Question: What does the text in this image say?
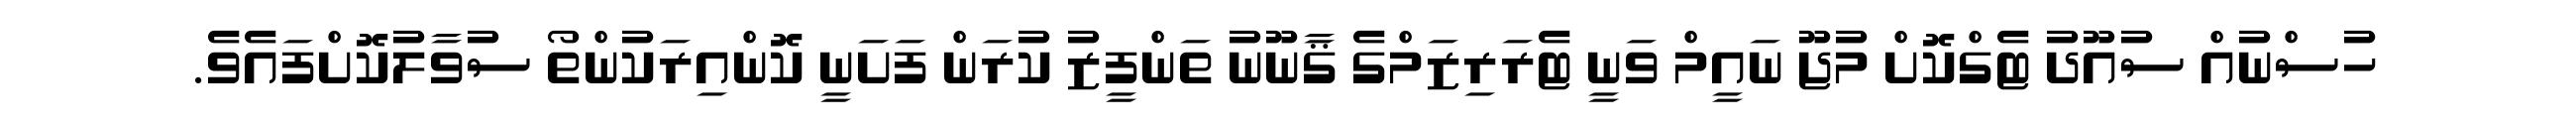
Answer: ހުސްނުއް ސުއޫދު ޓެގްކޮށް މުޖޫ ނައީމް ވަނީ ޓެރަރިޒަމްގެ ޤާނޫނު ތަންފީޒު ކުރަން ފަށަނީ ކޮންއިރަކުންތޯ ސުވާލުކޮށްފައެވެ.